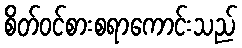
စိတ်ဝင်စားစရာကောင်းသည်